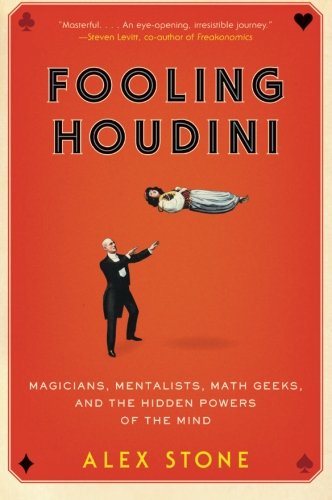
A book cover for Fooling Houdini: Magicians, Mentalists, Math Geeks, and the Hidden Powers of the Mind; Alex Stone; Humor & Entertainment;